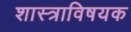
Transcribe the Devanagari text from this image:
शास्त्राविषयक